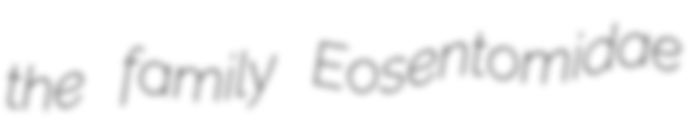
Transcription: the family Eosentomidae